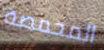
المحمصة